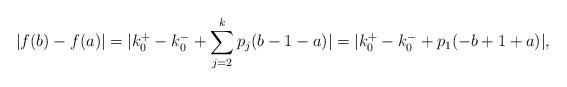
LaTeX: \begin{align*}|f(b)-f(a)|=|k_{0}^{+}-k_{0}^{-}+\sum_{j=2}^{k}p_{j}(b-1-a)|=|k_{0}^{+}-k_{0}^{-}+p_{1}(-b+1+a)|,\end{align*}